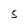
Character: 5